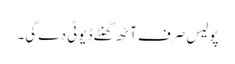
پولیس صرف آٹھ گھنٹے ڈیوٹی دے گی۔